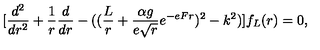
[ { \frac { d ^ { 2 } } { d r ^ { 2 } } } + { \frac { 1 } { r } } { \frac { d } { d r } } - ( ( { \frac { L } { r } } + { \frac { \alpha g } { e \sqrt r } } e ^ { - e F r } ) ^ { 2 } - k ^ { 2 } ) ] f _ { L } ( r ) = 0 ,